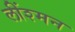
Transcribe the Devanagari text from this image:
लींश्मन